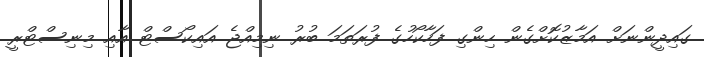
ގައިދީންނަށް އަމާޒުކޮށްގެން ހިންގި ފަހާކޯހުގެ ފުރަތަމަ ބުރު ނިމިއްޖެ އައިކޯސްޓް އާއި މިނިސްޓްރީ